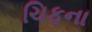
ચિફના